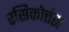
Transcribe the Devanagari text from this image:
रसिकोत्तंस